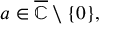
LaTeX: a \in { \overline { { \mathbb { C } } } } \setminus \{ 0 \} ,